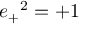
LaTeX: { e _ { + } } ^ { 2 } = + 1